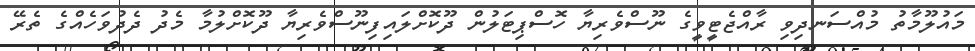
މައުލޫމާތު މުއްސަނދިވި ރާއްޖެޓީވީގެ ނޫސްވެރިޔާ ހޮސްޕިޓަލުން ދޫކޮށްލައިފިނޫސްވެރިޔާ ދޫކޮށްލުމާ މެދު ދެދުވަހެއްގެ ތެރޭ